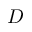
D